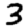
Digit: 3